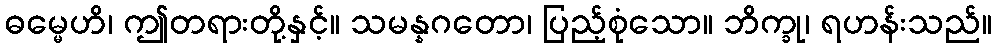
ဓမ္မေဟိ၊ ဤတရားတို့နှင့်။ သမန္နဂတော၊ ပြည့်စုံသော။ ဘိက္ခု၊ ရဟန်းသည်။